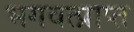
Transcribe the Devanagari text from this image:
भगवत्प्राप्त